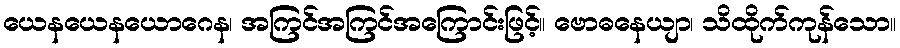
ယေနယေနယောဂေန၊ အကြင်အကြင်အကြောင်းဖြင့်။ ဗောဓနေယျာ၊ သိထိုက်ကုန်သော။